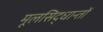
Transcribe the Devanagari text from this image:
मूलसिद्धान्‍तों